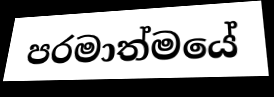
පරමාත්මයේ